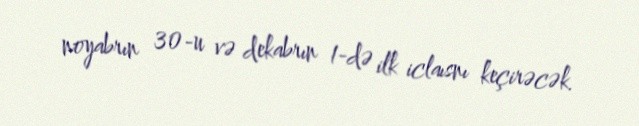
noyabrın 30-u və dekabrın 1-də ilk iclaısnı keçirəcək.